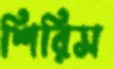
শিরিস